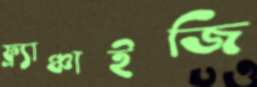
ফ্র্যাঞ্চাইজি